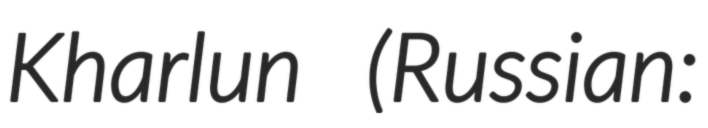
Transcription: Kharlun (Russian: